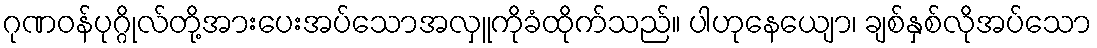
ဂုဏဝန်ပုဂ္ဂိုလ်တို့အားပေးအပ်သောအလှူကိုခံထိုက်သည်။ ပါဟုနေယျော၊ ချစ်နှစ်လိုအပ်သော